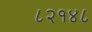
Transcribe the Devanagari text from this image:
८२१४८